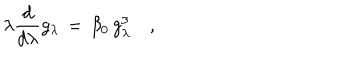
LaTeX: \lambda { \frac { d } { d \lambda } } g _ { \lambda } \, = \, \beta _ { 0 } \, g _ { \lambda } ^ { 3 } \quad ,